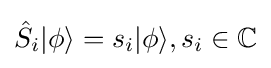
{\hat {S}}_{i}|\phi \rangle =s_{i}|\phi \rangle ,s_{i}\in \mathbb {C}